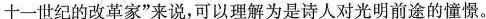
十一世纪的改革家”来说，可以理解为是诗人对光明前途的憧憬。